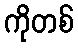
ကိုတစ်